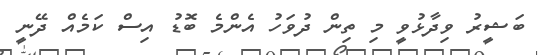
ބަޝީރު ވިދާޅުވީ މި ތިން ދުވަހު އެންމެ ބޮޑު އިސް ކަމެއް ދޭނީ